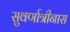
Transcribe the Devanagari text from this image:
सुवर्णात्रीनास